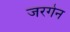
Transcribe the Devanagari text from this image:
जरगेन